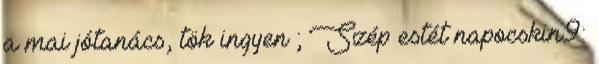
a mai jótanács, tök ingyen ; Szép estét napocskin9: